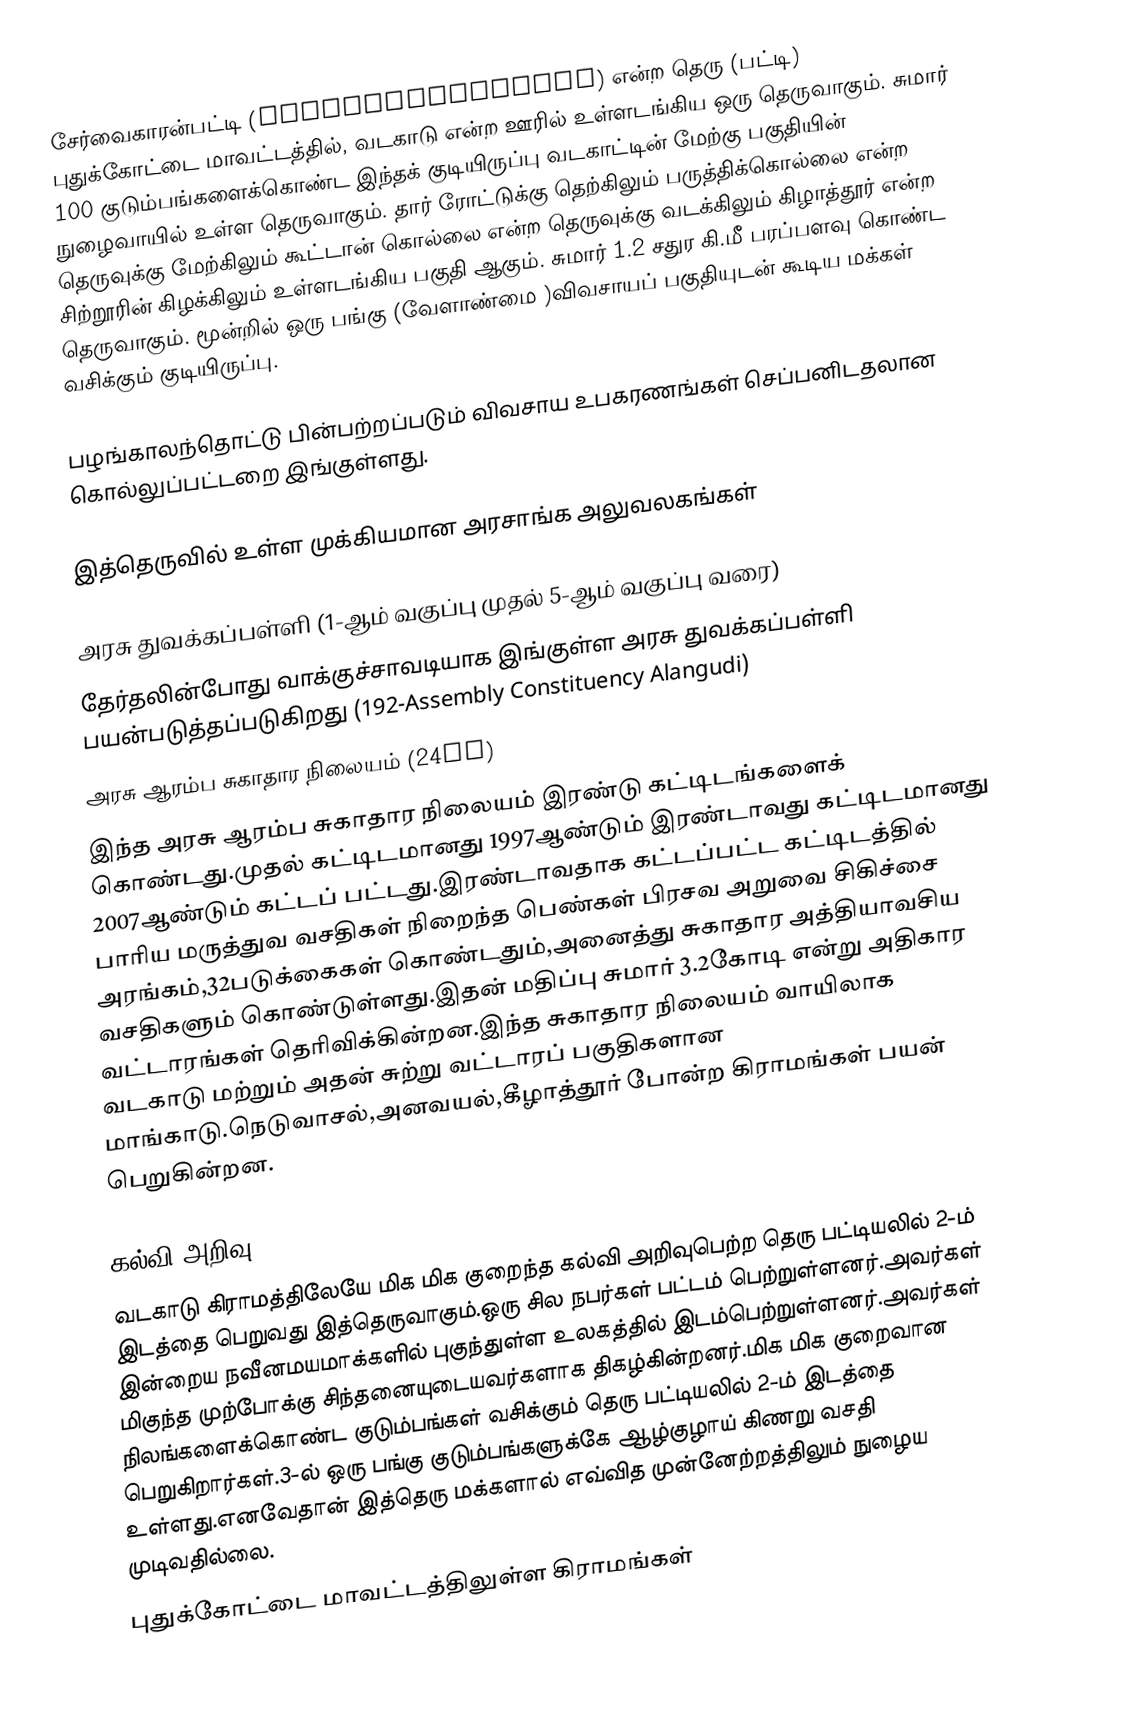
சேர்வைகாரன்பட்டி (Servaikaranpatti) என்ற தெரு (பட்டி) புதுக்கோட்டை மாவட்டத்தில், வடகாடு என்ற ஊரில்  உள்ளடங்கிய ஒரு தெருவாகும். சுமார் 100 குடும்பங்களைக்கொண்ட இந்தக் குடியிருப்பு வடகாட்டின் மேற்கு பகுதியின் நுழைவாயில் உள்ள தெருவாகும். தார் ரோட்டுக்கு தெற்கிலும் பருத்திக்கொல்லை என்ற தெருவுக்கு மேற்கிலும் கூட்டான் கொல்லை என்ற தெருவுக்கு வடக்கிலும் கிழாத்தூர் என்ற சிற்றூரின் கிழக்கிலும் உள்ளடங்கிய பகுதி ஆகும். சுமார் 1.2 சதுர கி.மீ பரப்பளவு கொண்ட தெருவாகும். மூன்றில் ஒரு பங்கு (வேளாண்மை )விவசாயப்  பகுதியுடன் கூடிய மக்கள் வசிக்கும் குடியிருப்பு.

பழங்காலந்தொட்டு பின்பற்றப்படும் விவசாய உபகரணங்கள் செப்பனிடதலான கொல்லுப்பட்டறை இங்குள்ளது.

இத்தெருவில் உள்ள முக்கியமான அரசாங்க அலுவலகங்கள்

அரசு துவக்கப்பள்ளி (1-ஆம் வகுப்பு முதல் 5-ஆம் வகுப்பு வரை)
தேர்தலின்போது வாக்குச்சாவடியாக இங்குள்ள அரசு துவக்கப்பள்ளி பயன்படுத்தப்படுகிறது (192-Assembly Constituency Alangudi)
அரசு ஆரம்ப சுகாதார நிலையம் (24Hr)
இந்த அரசு ஆரம்ப சுகாதார நிலையம் இரண்டு கட்டிடங்களைக் கொண்டது.முதல் கட்டிடமானது 1997ஆண்டும் இரண்டாவது கட்டிடமானது 2007ஆண்டும் கட்டப் பட்டது.இரண்டாவதாக கட்டப்பட்ட கட்டிடத்தில் பாரிய மருத்துவ வசதிகள் நிறைந்த பெண்கள் பிரசவ அறுவை சிகிச்சை அரங்கம்,32படுக்கைகள் கொண்டதும்,அனைத்து சுகாதார அத்தியாவசிய வசதிகளும் கொண்டுள்ளது.இதன் மதிப்பு சுமார் 3.2கோடி என்று அதிகார வட்டாரங்கள் தெரிவிக்கின்றன.இந்த சுகாதார நிலையம் வாயிலாக வடகாடு மற்றும் அதன் சுற்று வட்டாரப் பகுதிகளான மாங்காடு.நெடுவாசல்,அனவயல்,கீழாத்தூர் போன்ற கிராமங்கள் பயன் பெறுகின்றன.

கல்வி அறிவு
வடகாடு கிராமத்திலேயே மிக மிக குறைந்த கல்வி அறிவுபெற்ற தெரு பட்டியலில் 2-ம் இடத்தை பெறுவது இத்தெருவாகும்.ஒரு சில நபர்கள் பட்டம் பெற்றுள்ளனர்.அவர்கள் இன்றைய நவீனமயமாக்களில் புகுந்துள்ள உலகத்தில் இடம்பெற்றுள்ளனர்.அவர்கள் மிகுந்த முற்போக்கு சிந்தனையுடையவர்களாக திகழ்கின்றனர்.மிக மிக குறைவான நிலங்களைக்கொண்ட குடும்பங்கள் வசிக்கும் தெரு பட்டியலில் 2-ம் இடத்தை பெறுகிறார்கள்.3-ல் ஒரு பங்கு குடும்பங்களுக்கே ஆழ்குழாய் கிணறு வசதி உள்ளது.எனவேதான் இத்தெரு மக்களால் எவ்வித முன்னேற்றத்திலும் நுழைய முடிவதில்லை.
புதுக்கோட்டை மாவட்டத்திலுள்ள கிராமங்கள்